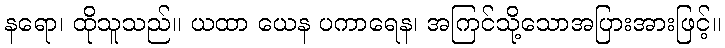
နရော၊ ထိုသူသည်။ ယထာ ယေန ပကာရေန၊ အကြင်သို့သောအပြားအားဖြင့်။